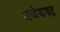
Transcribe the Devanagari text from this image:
अजेयगढ